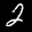
Label: 2